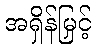
အရှိန်မြှင့်